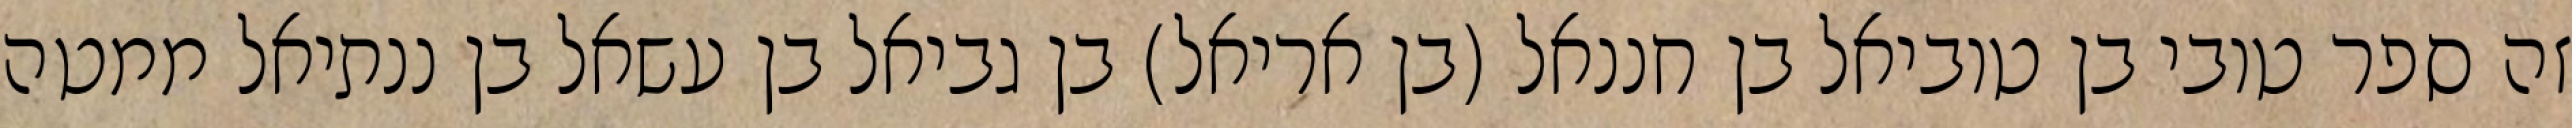
זה ספר טובי בן טוביאל בן חננאל (בן אריאל) בן גביאל בן עשאל בן ננתיאל ממטה